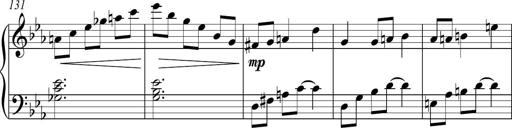
Title: Piano Sonatina in C
Composer: Daniel LÃ©o Simpson
Key: C major